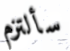
سألتزم